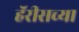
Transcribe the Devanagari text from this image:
हॅरीसच्या